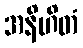
အနိဟိတံ